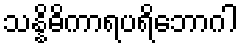
သန္နိဓိကာရပရိဘောဂါ